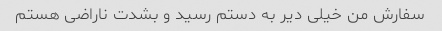
سفارش من خیلی دیر به دستم رسید و بشدت ناراضی هستم